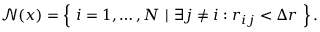
\begin{array} { r } { \mathcal { N } ( x ) = \left\{ ~ i = 1 , \dots , N ~ | ~ \exists j \neq i : r _ { i j } < \Delta r ~ \right\} . } \end{array}